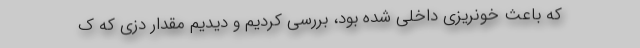
که باعث خونریزی داخلی شده بود، بررسی کردیم و دیدیم مقدار دزی که ک